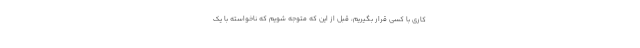
کاری با کسی قرار بگیریم، قبل از این که متوجه شویم که ناخواسته با یک